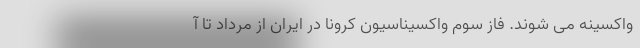
واکسینه می شوند. فاز سوم واکسیناسیون کرونا در ایران از مرداد تا آ